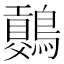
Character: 𪅷